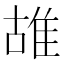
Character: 䧸